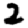
Digit: 2